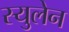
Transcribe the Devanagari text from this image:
स्युलेन